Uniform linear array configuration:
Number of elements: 32
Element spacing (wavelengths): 1
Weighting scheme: uniform
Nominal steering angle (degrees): -45
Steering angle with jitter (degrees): -46.567
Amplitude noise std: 0.05
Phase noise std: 0.05

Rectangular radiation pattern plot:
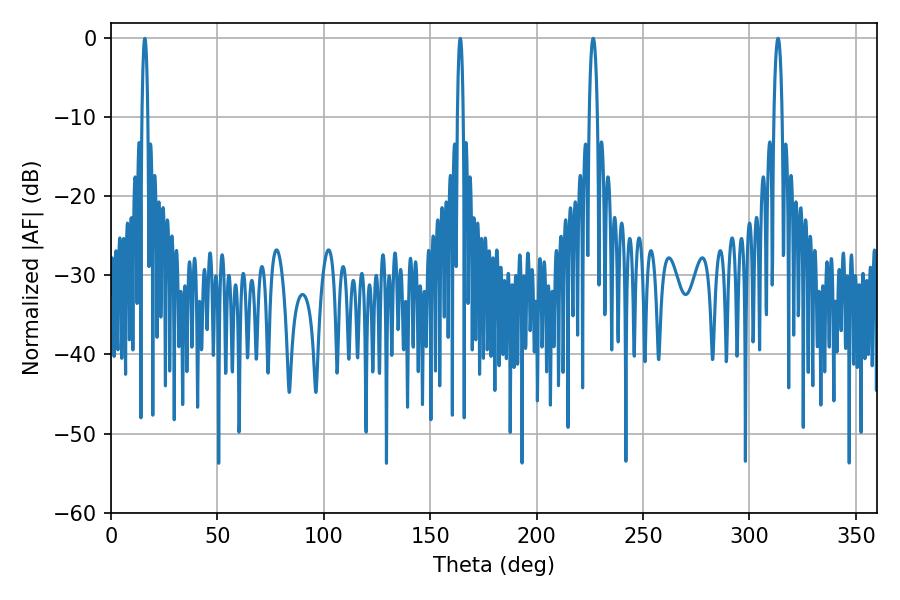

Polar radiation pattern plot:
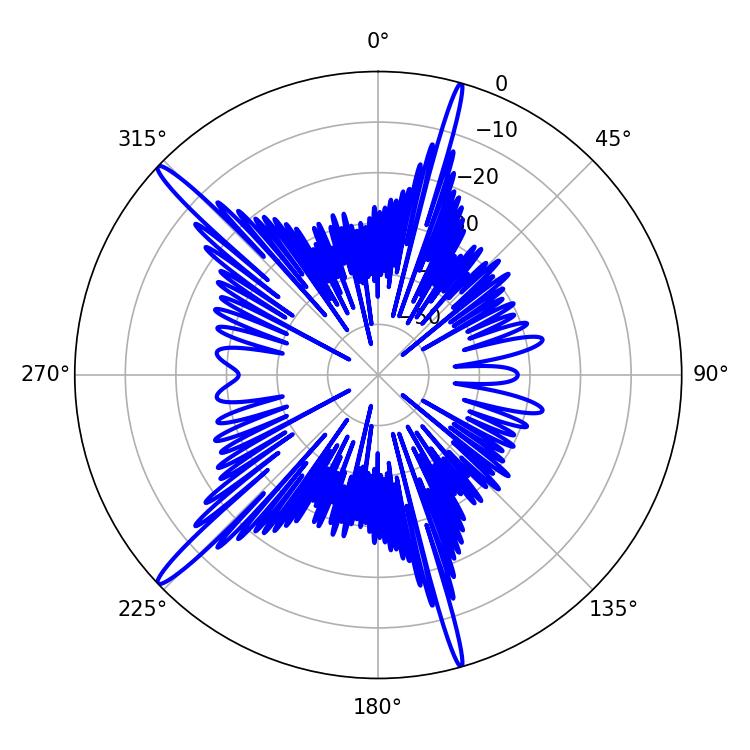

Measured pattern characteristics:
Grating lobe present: TRUE
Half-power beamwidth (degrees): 2.16
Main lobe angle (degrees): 313.38